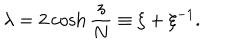
\lambda = 2 \cosh { \frac { z } { N } } \equiv \xi + \xi ^ { - 1 } .